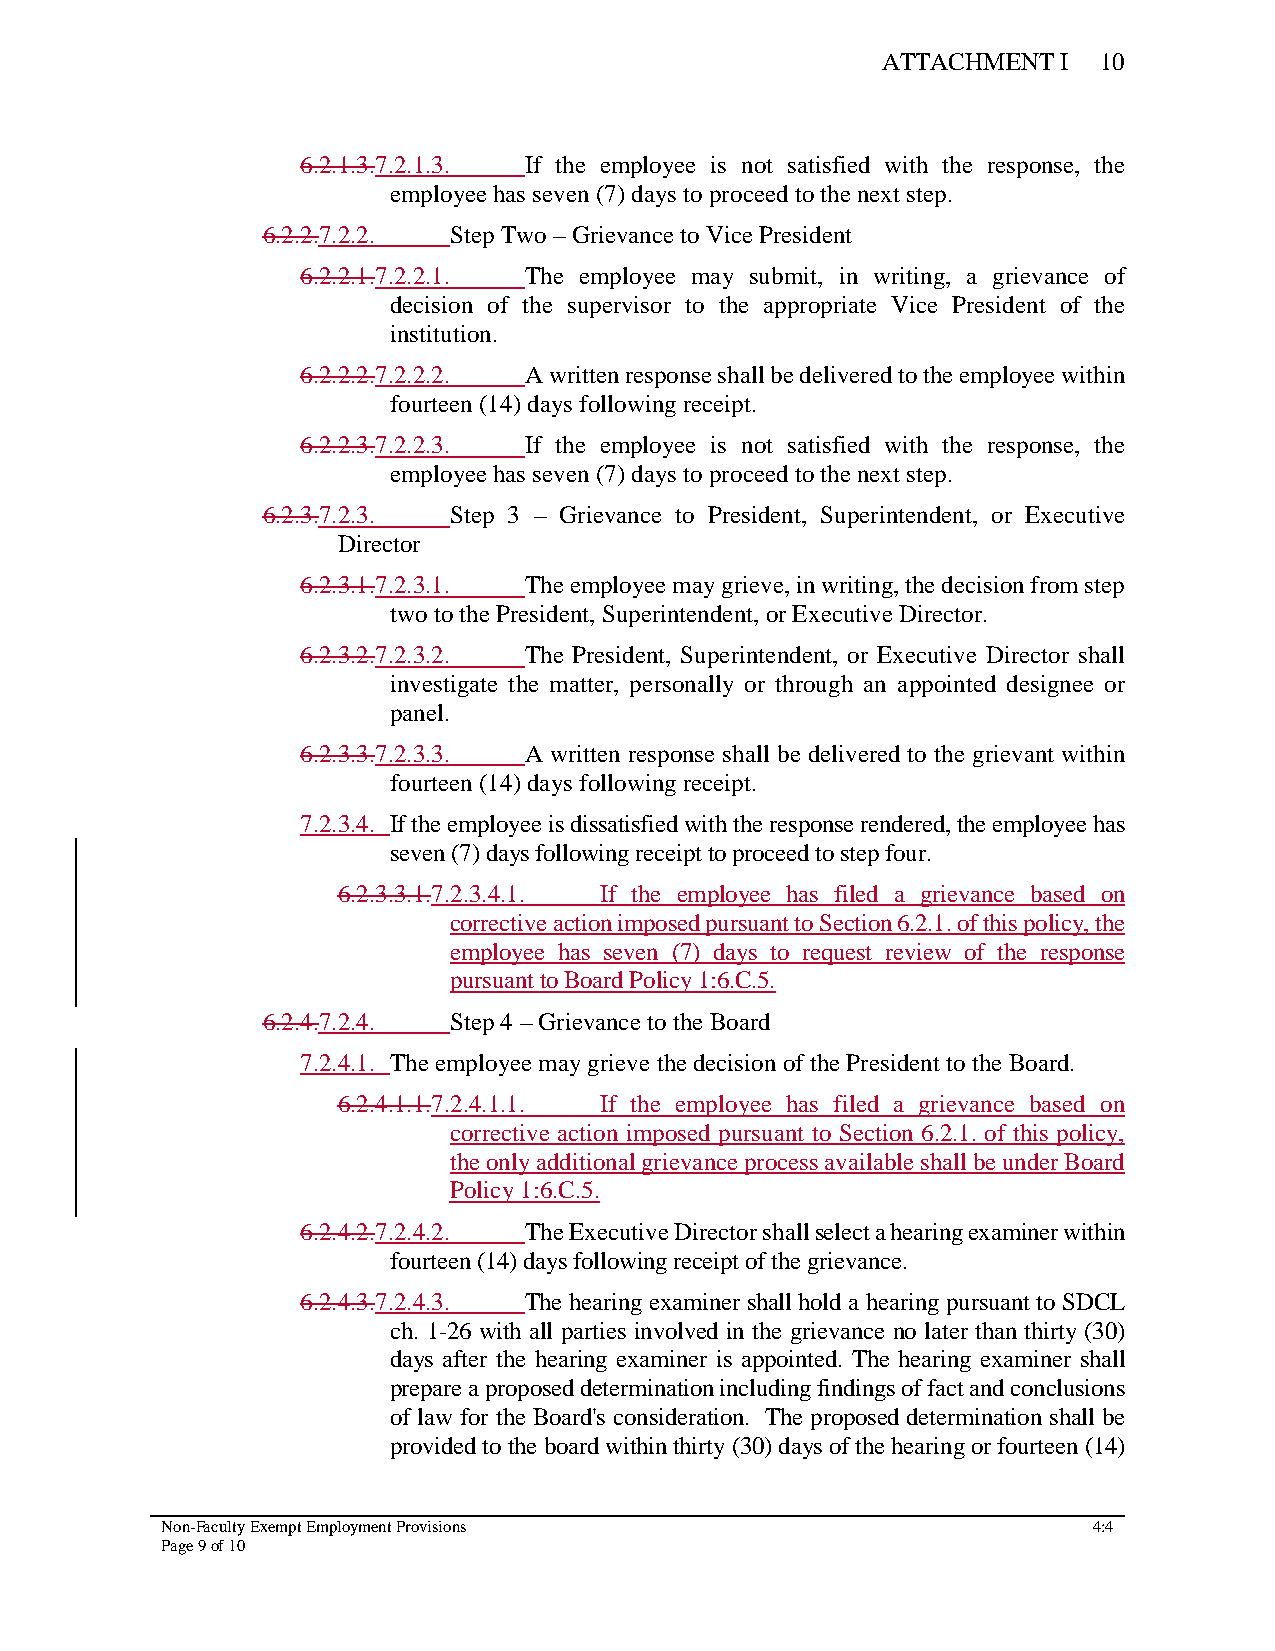
ATTACHMENT  I  10
 6.2.1.3.7.2.1.3. If the employee is not satisfied with the response, the
 employee has seven (7) days to proceed to the next step.
 6.2.2.7.2.2. Step Two – Grievance to Vice President
 6.2.2.1.7.2.2.1. The employee may submit, in writing, a grievance of
 decision of the supervisor to the appropriate Vice President of the
 institution.
 6.2.2.2.7.2.2.2. A written response shall be delivered to the employee within
 fourteen (14) days following receipt.
 6.2.2.3.7.2.2.3. If the employee is not satisfied with the response, the
 employee has seven (7) days to proceed to the next step.
 6.2.3.7.2.3. Step 3 – Grievance to President, Superintendent, or Executive
 Director
 6.2.3.1.7.2.3.1. The employee may grieve, in writing, the decision from step
 two to the President, Superintendent, or Executive Director.
 6.2.3.2.7.2.3.2. The President, Superintendent, or Executive Director shall
 investigate the matter, personally or through an appointed designee or
 panel.
 6.2.3.3.7.2.3.3. A written response shall be delivered to the grievant within
 fourteen (14) days following receipt.
 7.2.3.4. If the employee is dissatisfied with the response rendered, the employee has
 seven (7) days following receipt to proceed to step four.
 6.2.3.3.1.7.2.3.4.1. If the employee has filed a grievance based on
 corrective action imposed pursuant to Section 6.2.1. of this policy, the
 employee has seven (7) days to request review of the response
 pursuant to Board Policy 1:6.C.5.
 6.2.4.7.2.4. Step 4 – Grievance to the Board
 7.2.4.1. The employee may grieve the decision of the President to the Board.
 6.2.4.1.1.7.2.4.1.1. If the employee has filed a grievance based on
 corrective action imposed pursuant to Section 6.2.1. of this policy,
 the only additional grievance process available shall be under Board
 Policy 1:6.C.5.
 6.2.4.2.7.2.4.2. The Executive Director shall select a hearing examiner within
 fourteen (14) days following receipt of the grievance.
 6.2.4.3.7.2.4.3. The hearing examiner shall hold a hearing pursuant to SDCL
 ch. 1-26 with all parties involved in the grievance no later than thirty (30)
 days after the hearing examiner is appointed. The hearing examiner shall
 prepare a proposed determination including findings of fact and conclusions
 of law for the Board's consideration. The proposed determination shall be
 provided to the board within thirty (30) days of the hearing or fourteen (14)
 Non-Faculty Exempt Employment Provisions                     4:4
 Page 9 of 10